Paatsalu_vallavalitsus, lk 18
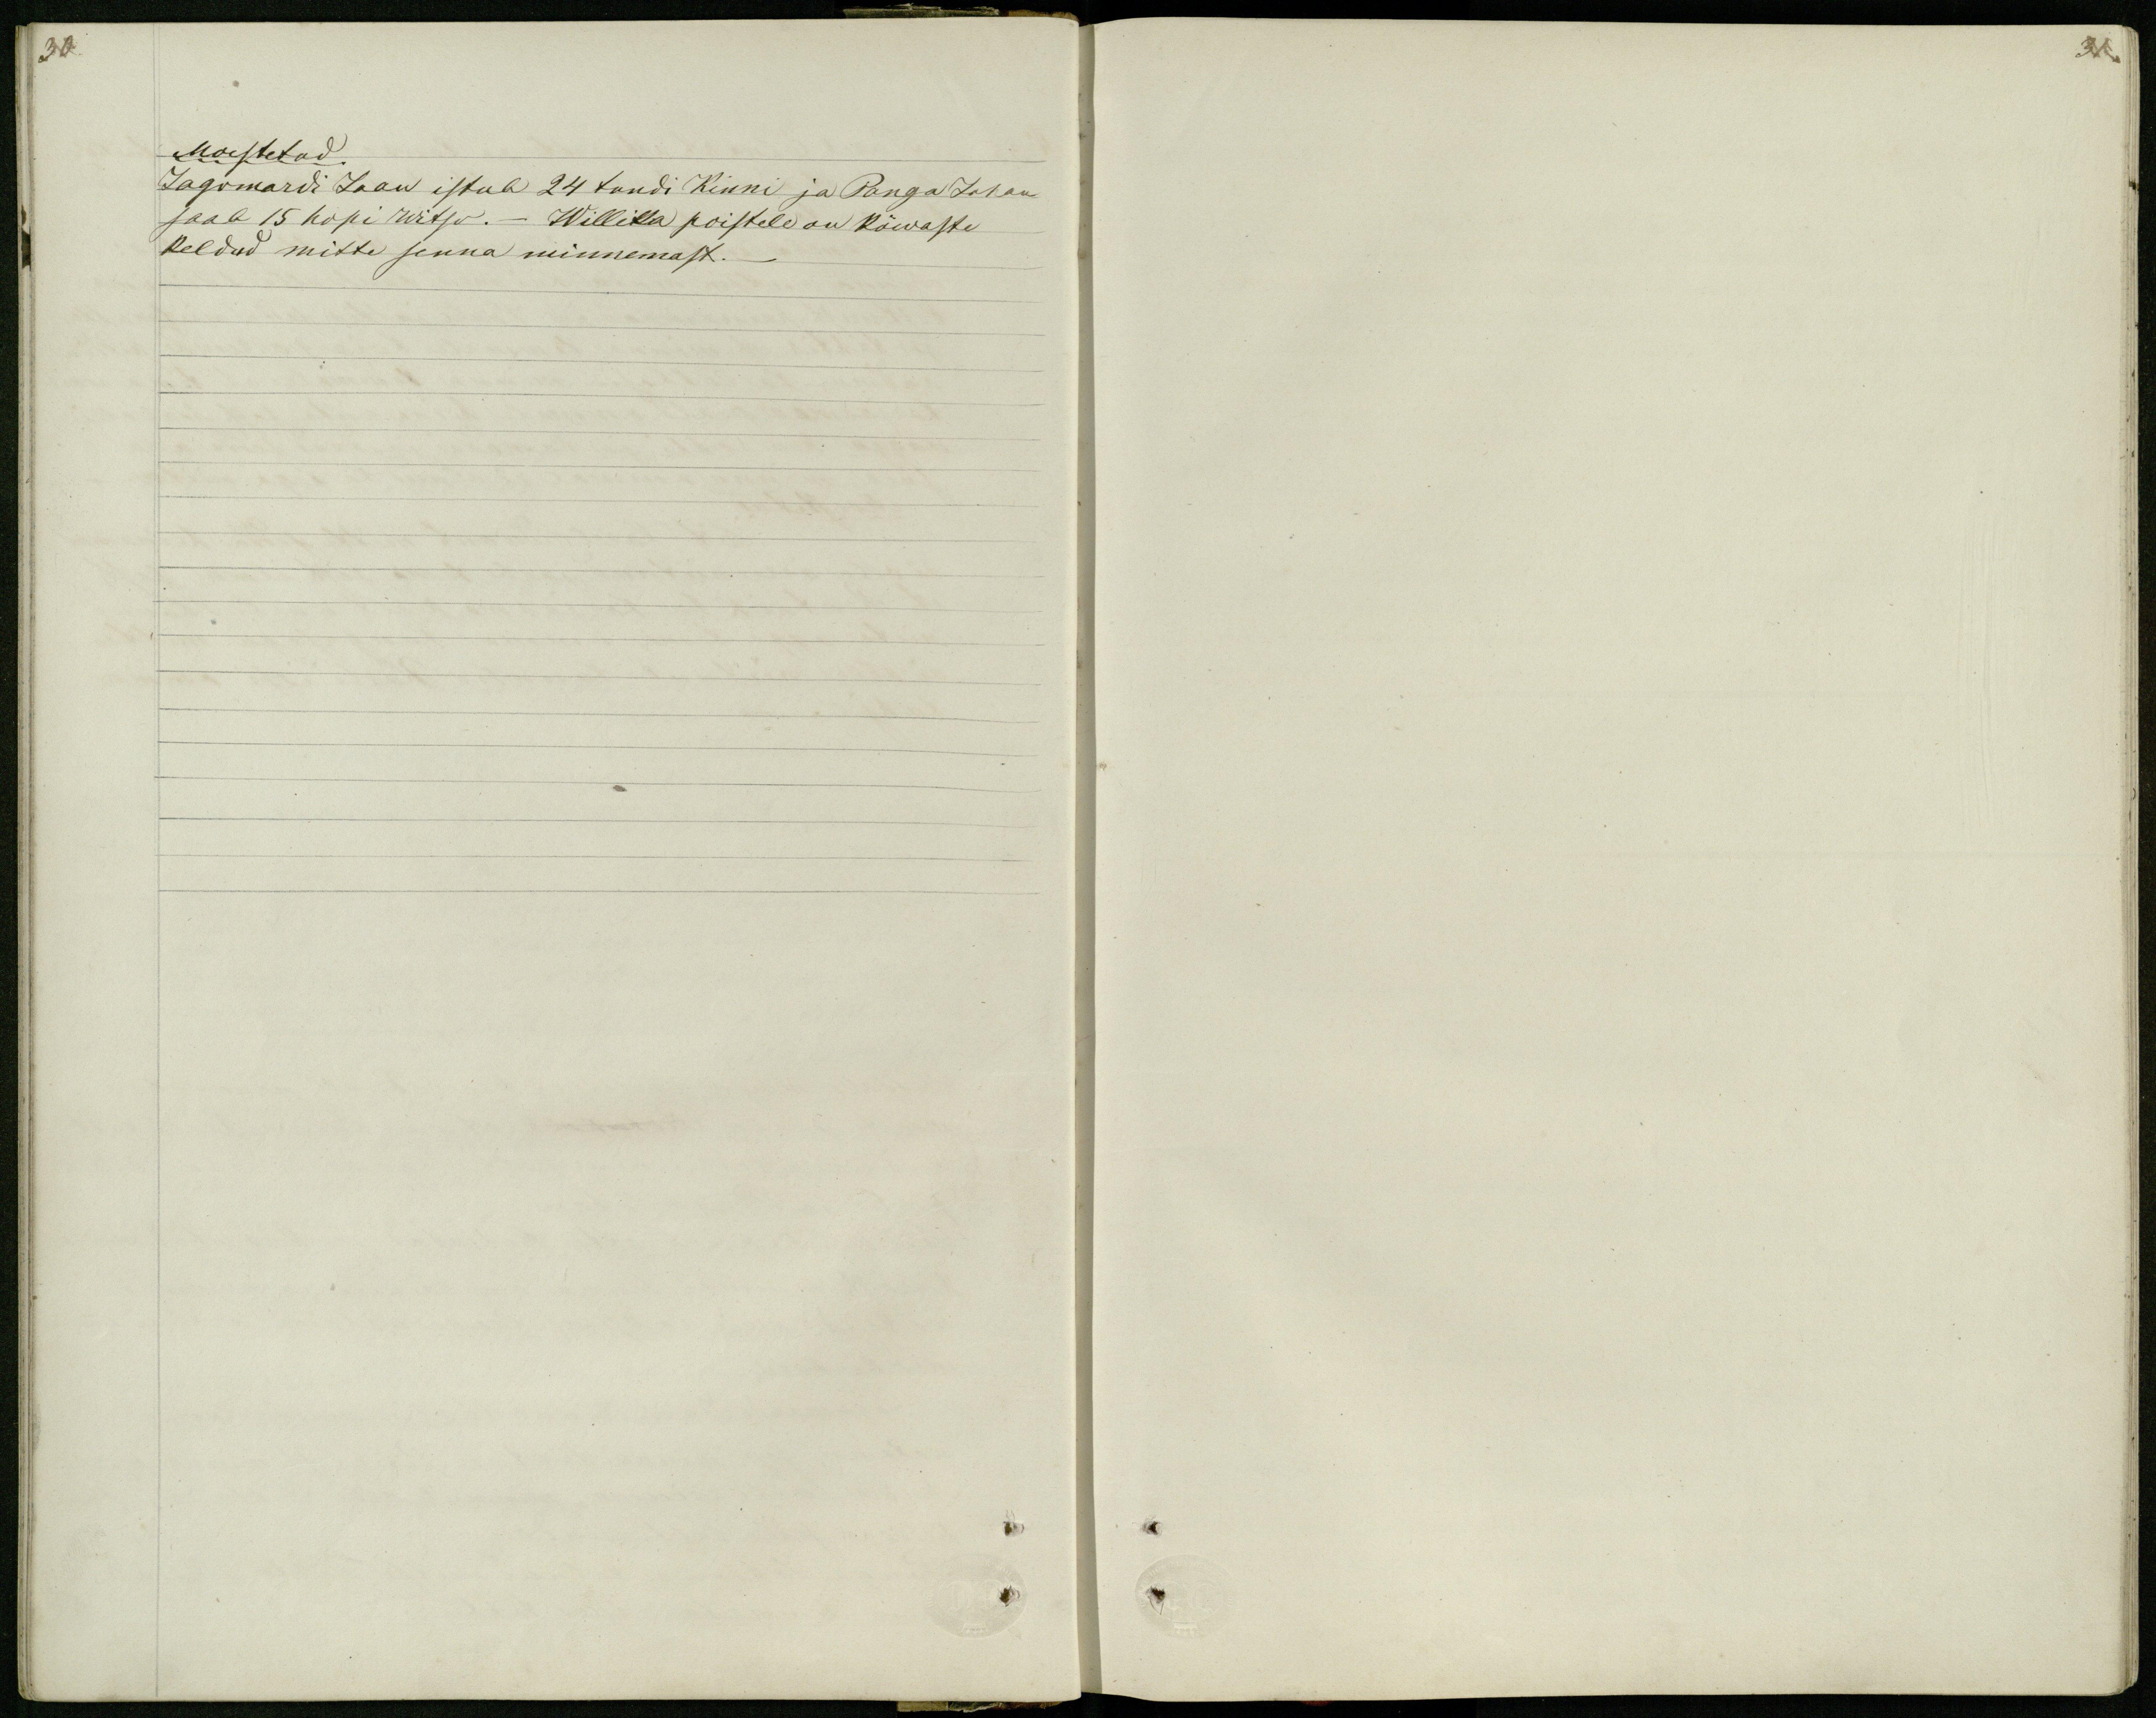
30

31.

Moestetud
Jagomardi Jaan istub 24 tundi Kinni ja Panga Johan
saab 15 hopi witso. _ Willika poistele on kõwaste
keldud mitte senna minnemast._